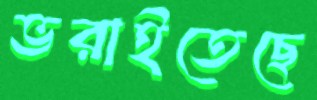
ভরাইতেছে